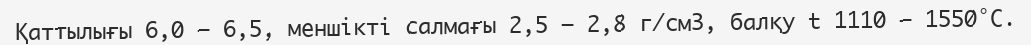
Қаттылығы 6,0 – 6,5, меншікті салмағы 2,5 – 2,8 г/см3, балқу t 1110 – 1550°С.